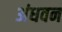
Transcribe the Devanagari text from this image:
अंधवन